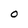
Character: O